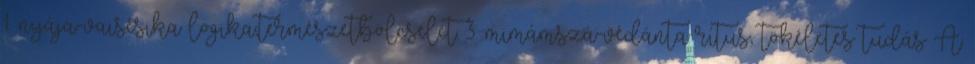
1. nyája-vaisésika logika,természetbölcselet 3. mimámszá-védánta rítus, tökéletes tudás A